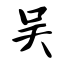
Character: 吴